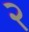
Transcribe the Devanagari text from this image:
२